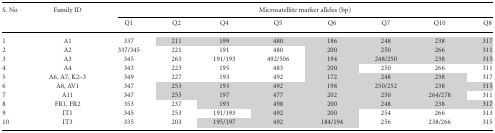
<table><thead><tr><td><b>S. No</b></td><td><b>Family ID</b></td><td colspan="8"><b>Microsatellite marker alleles (bp)</b></td></tr><tr><td></td><td></td><td><b>Q1</b></td><td><b>Q2</b></td><td><b>Q4</b></td><td><b>Q5</b></td><td><b>Q6</b></td><td><b>Q7</b></td><td><b>Q10</b></td><td><b>Q8</b></td></tr></thead><tbody><tr><td>1</td><td>A1</td><td>337</td><td>211</td><td>199</td><td>480</td><td>186</td><td>248</td><td>238</td><td>317</td></tr><tr><td>2</td><td>A2</td><td>337/345</td><td>221</td><td>191</td><td>480</td><td>200</td><td>250</td><td>266</td><td>311</td></tr><tr><td>3</td><td>A3</td><td>345</td><td>263</td><td>191/193</td><td>492/506</td><td>194</td><td>248/250</td><td>238</td><td>315</td></tr><tr><td>4</td><td>A4</td><td>343</td><td>223</td><td>195</td><td>483</td><td>200</td><td>250</td><td>266</td><td>311</td></tr><tr><td>5</td><td>A6, A7, K2–3</td><td>349</td><td>227</td><td>193</td><td>492</td><td>172</td><td>248</td><td>238</td><td>317</td></tr><tr><td>6</td><td>A8, AV1</td><td>347</td><td>253</td><td>193</td><td>492</td><td>198</td><td>250/252</td><td>238</td><td>315</td></tr><tr><td>7</td><td>A11</td><td>347</td><td>255</td><td>197</td><td>477</td><td>202</td><td>250</td><td>264/278</td><td>311</td></tr><tr><td>8</td><td>FR1, FR2</td><td>353</td><td>237</td><td>193</td><td>498</td><td>200</td><td>248</td><td>238</td><td>317</td></tr><tr><td>9</td><td>IT1</td><td>345</td><td>253</td><td>191/193</td><td>492</td><td>200</td><td>254</td><td>266</td><td>313</td></tr><tr><td>10</td><td>IT3</td><td>335</td><td>203</td><td>195/197</td><td>492</td><td>184/194</td><td>256</td><td>238/266</td><td>315</td></tr></tbody></table>